Report of the Indian Hemp Drugs Commission, 1894-1895 - Volume IV
Year: 1894
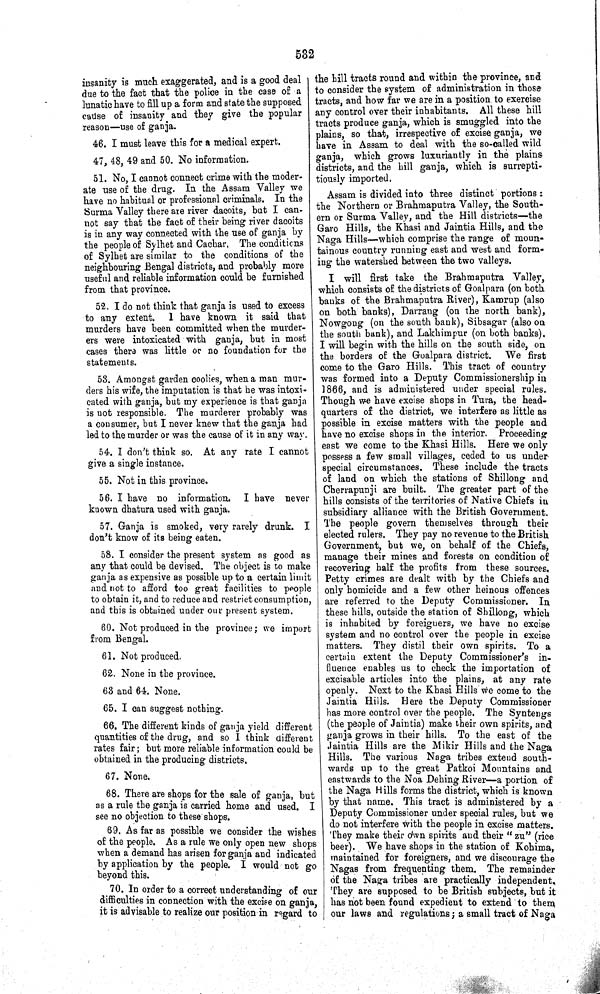
532
insanity is much exaggerated, and is a good deal
due to the fact that the police in the case of a
lunatic have to fill up a form and state the supposed
cause of insanity and they give the popular
reason—use of ganja.
46. I must leave this for a medical expert.
47, 48, 49 and 50. No information.
51. No, I cannot connect crime with the moder-
ate use of the drug. In the Assam Valley we
have no habitual or professional criminals. In the
Surma Valley there are river dacoits, but I can-
not say that the fact of their being river dacoits
is in any way connected with the use of ganja by
the people of Sylhet and Cachar. The conditions
of Sylhet are similar to the conditions of the
neighbouring Bengal districts, and probably more
useful and reliable information could be furnished
from that province.
52. I do not think that ganja is used to excess
to any extent. I have known it said that
murders have been committed when the murder-
ers were intoxicated with ganja, but in most
cases there was little or no foundation for the
statements.
53. Amongst garden coolies, when a man mur-
ders his wife, the imputation is that he was intoxi-
cated with ganja, but my experience is that ganja
is not responsible. The murderer probably was
a consumer, but I never knew that the ganja had
led to the murder or was the cause of it in any way.
54. I don't think so. At any rate I cannot
give a single instance.
55. Not in this province.
56. I have no information. I have never
known dhatura used with ganja.
57. Ganja is smoked, very rarely drunk. I
don't know of its being eaten.
58. I consider the present system as good as
any that could be devised. The object is to make
ganja as expensive as possible up to a certain limit
and not to afford too great facilities to people
to obtain it, and to reduce and restrict consumption,
and this is obtained under our present system.
60. Not produced in the province; we import
from Bengal.
61. Not produced.
62. None in the province.
63 and 64. None.
65. I can suggest nothing.
66. The different kinds of ganja yield different
quantities of the drug, and so I think different
rates fair; but more reliable information could be
obtained in the producing districts.
67. None.
68. There are shops for the sale of ganja, but
as a rule the ganja is carried home and used. I
see no objection to these shops.
69. As far as possible we consider the wishes
of the people. As a rule we only open new shops
when a demand has arisen for ganja and indicated
by application by the people. I would not go
beyond this.
70. In order to a correct understanding of our
difficulties in connection with the excise on ganja,
it is advisable to realize our position in regard to
the hill tracts round and within the province, and
to consider the system of administration in those
tracts, and how far we are in a position to exercise
any control over their inhabitants. All these hill
tracts produce ganja, which is smuggled into the
plains, so that, irrespective of excise ganja, we
have in Assam to deal with the so-called wild
ganja, which grows luxuriantly in the plains
districts, and the hill ganja, which is surrepti-
tiously imported.
Assam is divided into three distinct portions:
the Northern or Brahmaputra Valley, the South-
ern or Surma Valley, and the Hill districts—the
Garo Hills, the Khasi and Jaintia Hills, and the
Naga Hills—which comprise the range of moun-
tainous country running east and west and form-
ing the watershed between the two valleys.
I will first take the Brahmaputra Valley,
which consists of the districts of Goalpara (on both
banks of the Brahmaputra River), Kamrup (also
on both banks), Darrang (on the north bank),
Nowgong (on the south bank), Sibsagar (also on
the south bank), and Lakhimpur (on both banks).
I will begin with the hills on the south side, on
the borders of the Goalpara district. We first
come to the Garo Hills. This tract of country
was formed into a Deputy Commissionership in
1866, and is administered under special rules.
Though we have excise shops in Tura, the head-
quarters of the district, we interfere as little as
possible in excise matters with the people and
have no excise shops in the interior. Proceeding
east we come to the Khasi Hills. Here we only
possess a few small villages, ceded to us under
special circumstances. These include the tracts
of land on which the stations of Shillong and
Cherrapunji are built. The greater part of the
hills consists of the territories of Native Chiefs in
subsidiary alliance with the British Government.
The people govern themselves through their
elected rulers. They pay no revenue to the British
Government, but we, on behalf of the Chiefs,
manage their mines and forests on condition of
recovering half the profits from these sources.
Petty crimes are dealt with by the Chiefs and
only homicide and a few other heinous offences
are referred to the Deputy Commissioner. In
these hills, outside the station of Shillong, which
is inhabited by foreigners, we have no excise
system and no control over the people in excise
matters. They distil their own spirits. To a
certain extent the Deputy Commissioner's in-
fluence enables us to check the importation of
excisable articles into the plains, at any rate
openly. Next to the Khasi Hills we come to the
Jaintia Hills. Here the Deputy Commissioner
has more control over the people. The Syntengs
(the people of Jaintia) make their own spirits, and
ganja grows in their hills. To the east of the
Jaintia Hills are the Mikir Hills and the Naga
Hills. The various Naga tribes extend south-
wards up to the great Patkoi Mountains and
eastwards to the Noa Dehing River—a portion of
the Naga Hills forms the district, which is known
by that name. This tract is administered by a
Deputy Commissioner under special rules, but we
do not interfere with the people in excise matters.
They make their own spirits and their "zu" (rice
beer). We have shops in the station of Kohima,
maintained for foreigners, and we discourage the
Nagas from frequenting them. The remainder
of the Naga tribes are practically independent.
They are supposed to be British subjects, but it
has not been found expedient to extend to them
our laws and regulations; a small tract of Naga